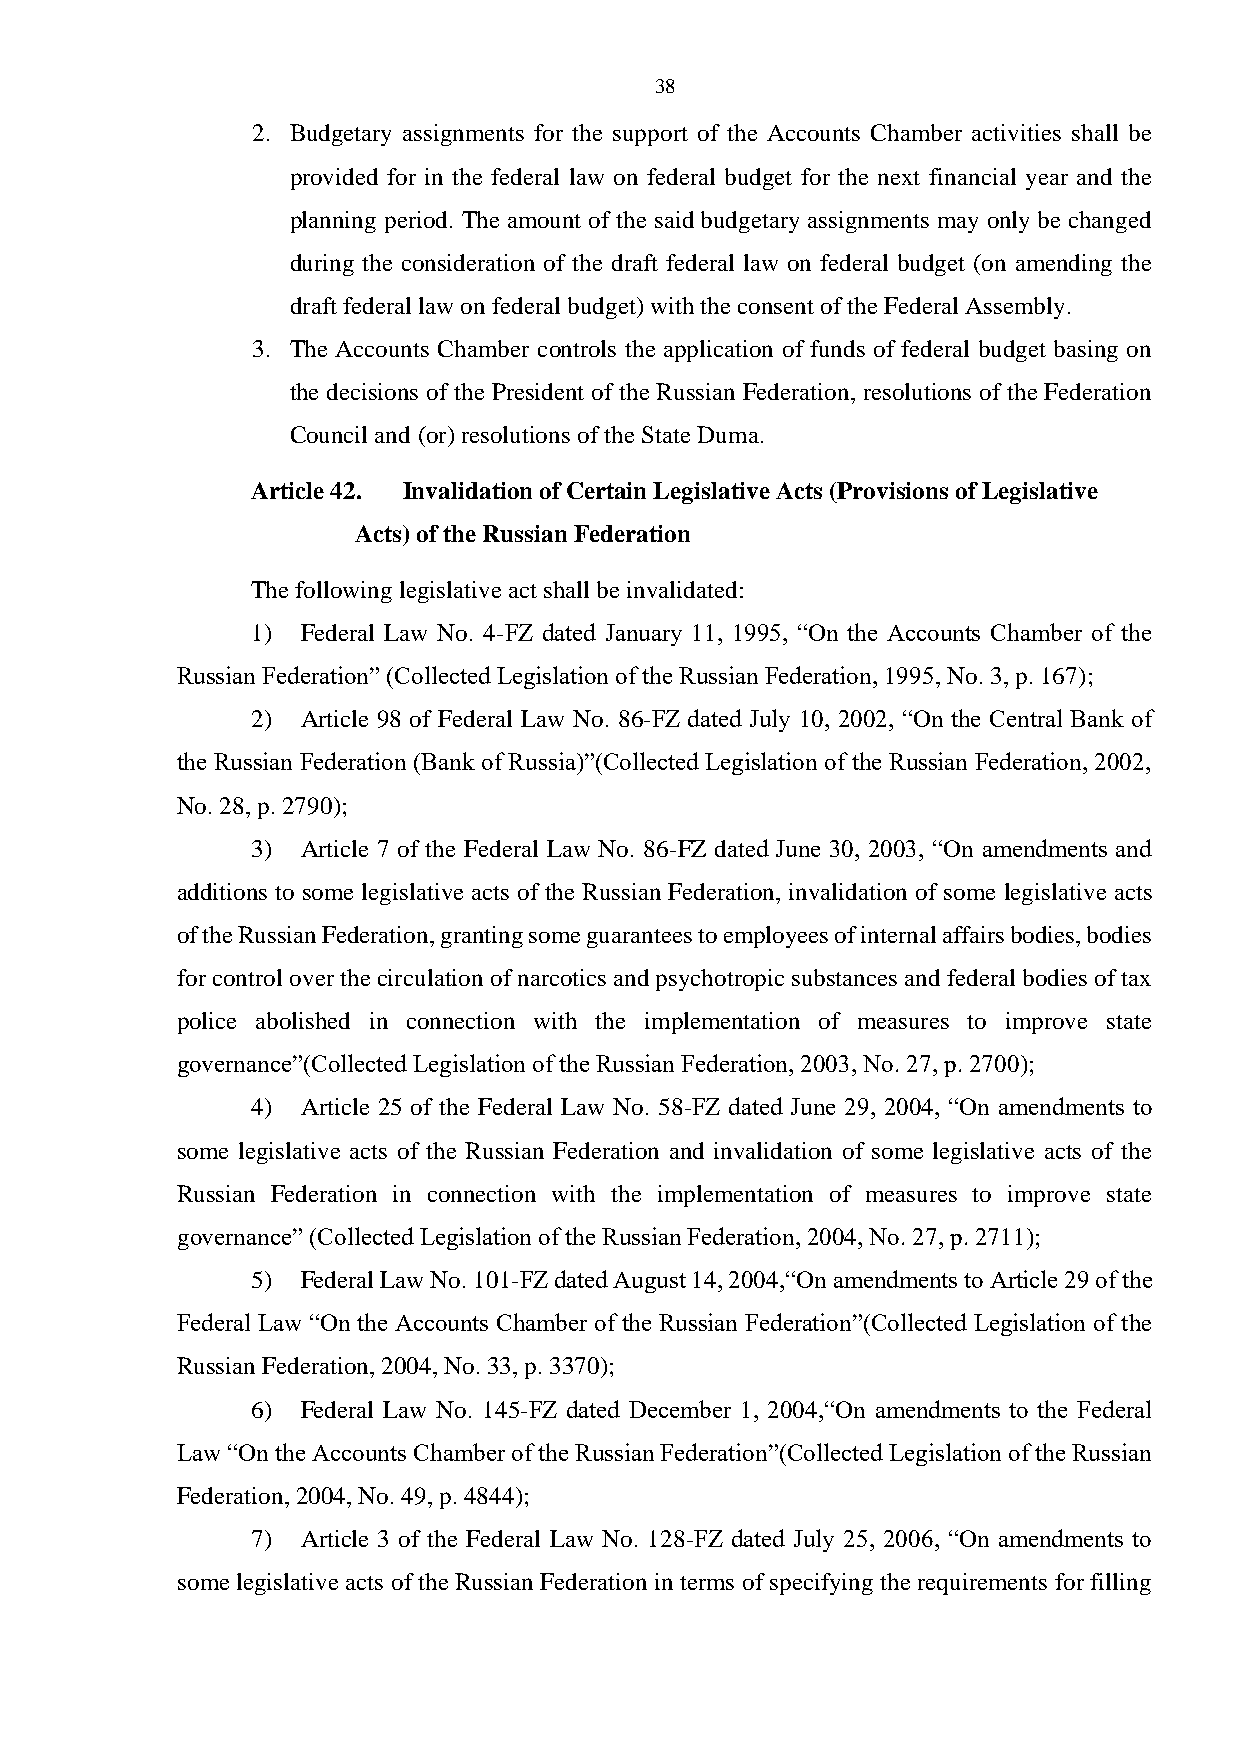
38
 2. Budgetary assignments for the support of the Accounts Chamber activities shall be
 provided for in the federal law on federal budget for the next financial year and the
 planning period. The amount of the said budgetary assignments may only be changed
 during the consideration of the draft federal law on federal budget (on amending the
 draft federal law on federal budget) with the consent of the Federal Assembly.
 3. The Accounts Chamber controls the application of funds of federal budget basing on
 the decisions of the President of the Russian Federation, resolutions of the Federation
 Council and (or) resolutions of the State Duma.
 Article 42. Invalidation of Certain Legislative Acts (Provisions of Legislative
 Acts) of the Russian Federation
 The following legislative act shall be invalidated:
 1) Federal Law No. 4-FZ dated January 11, 1995, “On the Accounts Chamber of the
 Russian Federation” (Collected Legislation of the Russian Federation, 1995, No. 3, p. 167);
 2) Article 98 of Federal Law No. 86-FZ dated July 10, 2002, “On the Central Bank of
 the Russian Federation (Bank of Russia)”(Collected Legislation of the Russian Federation, 2002,
 No. 28, p. 2790);
 3) Article 7 of the Federal Law No. 86-FZ dated June 30, 2003, “On amendments and
 additions to some legislative acts of the Russian Federation, invalidation of some legislative acts
 of the Russian Federation, granting some guarantees to employees of internal affairs bodies, bodies
 for control over the circulation of narcotics and psychotropic substances and federal bodies of tax
 police abolished in connection with the implementation of measures to improve state
 governance”(Collected Legislation of the Russian Federation, 2003, No. 27, p. 2700);
 4) Article 25 of the Federal Law No. 58-FZ dated June 29, 2004, “On amendments to
 some legislative acts of the Russian Federation and invalidation of some legislative acts of the
 Russian Federation in connection with the implementation of measures to improve state
 governance” (Collected Legislation of the Russian Federation, 2004, No. 27, p. 2711);
 5) Federal Law No. 101-FZ dated August 14, 2004,“On amendments to Article 29 of the
 Federal Law “On the Accounts Chamber of the Russian Federation”(Collected Legislation of the
 Russian Federation, 2004, No. 33, p. 3370);
 6) Federal Law No. 145-FZ dated December 1, 2004,“On amendments to the Federal
 Law “On the Accounts Chamber of the Russian Federation”(Collected Legislation of the Russian
 Federation, 2004, No. 49, p. 4844);
 7) Article 3 of the Federal Law No. 128-FZ dated July 25, 2006, “On amendments to
 some legislative acts of the Russian Federation in terms of specifying the requirements for filling